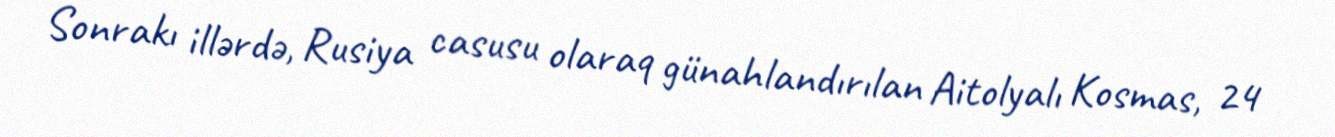
Sonrakı illərdə, Rusiya casusu olaraq günahlandırılan Aitolyalı Kosmas, 24